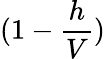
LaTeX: (1-\frac{h}{V})